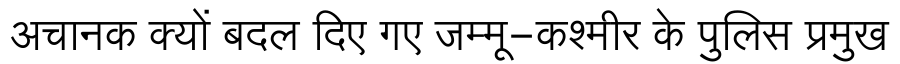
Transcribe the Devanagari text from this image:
अचानक क्यों बदल दिए गए जम्मू-कश्मीर के पुलिस प्रमुख